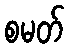
စမတ်